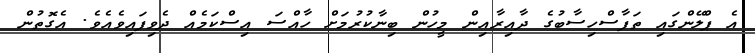
އެ ޕްލޭންގައި ތަފާސްހިސާބުގެ ދާއިރާއިން މީހުން ބިނާކުރުމަށް ހާއްސަ އިސްކަމެއް ދެވިފައިވެއެވެ. އެގޮތުން